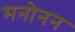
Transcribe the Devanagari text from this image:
मनोनन